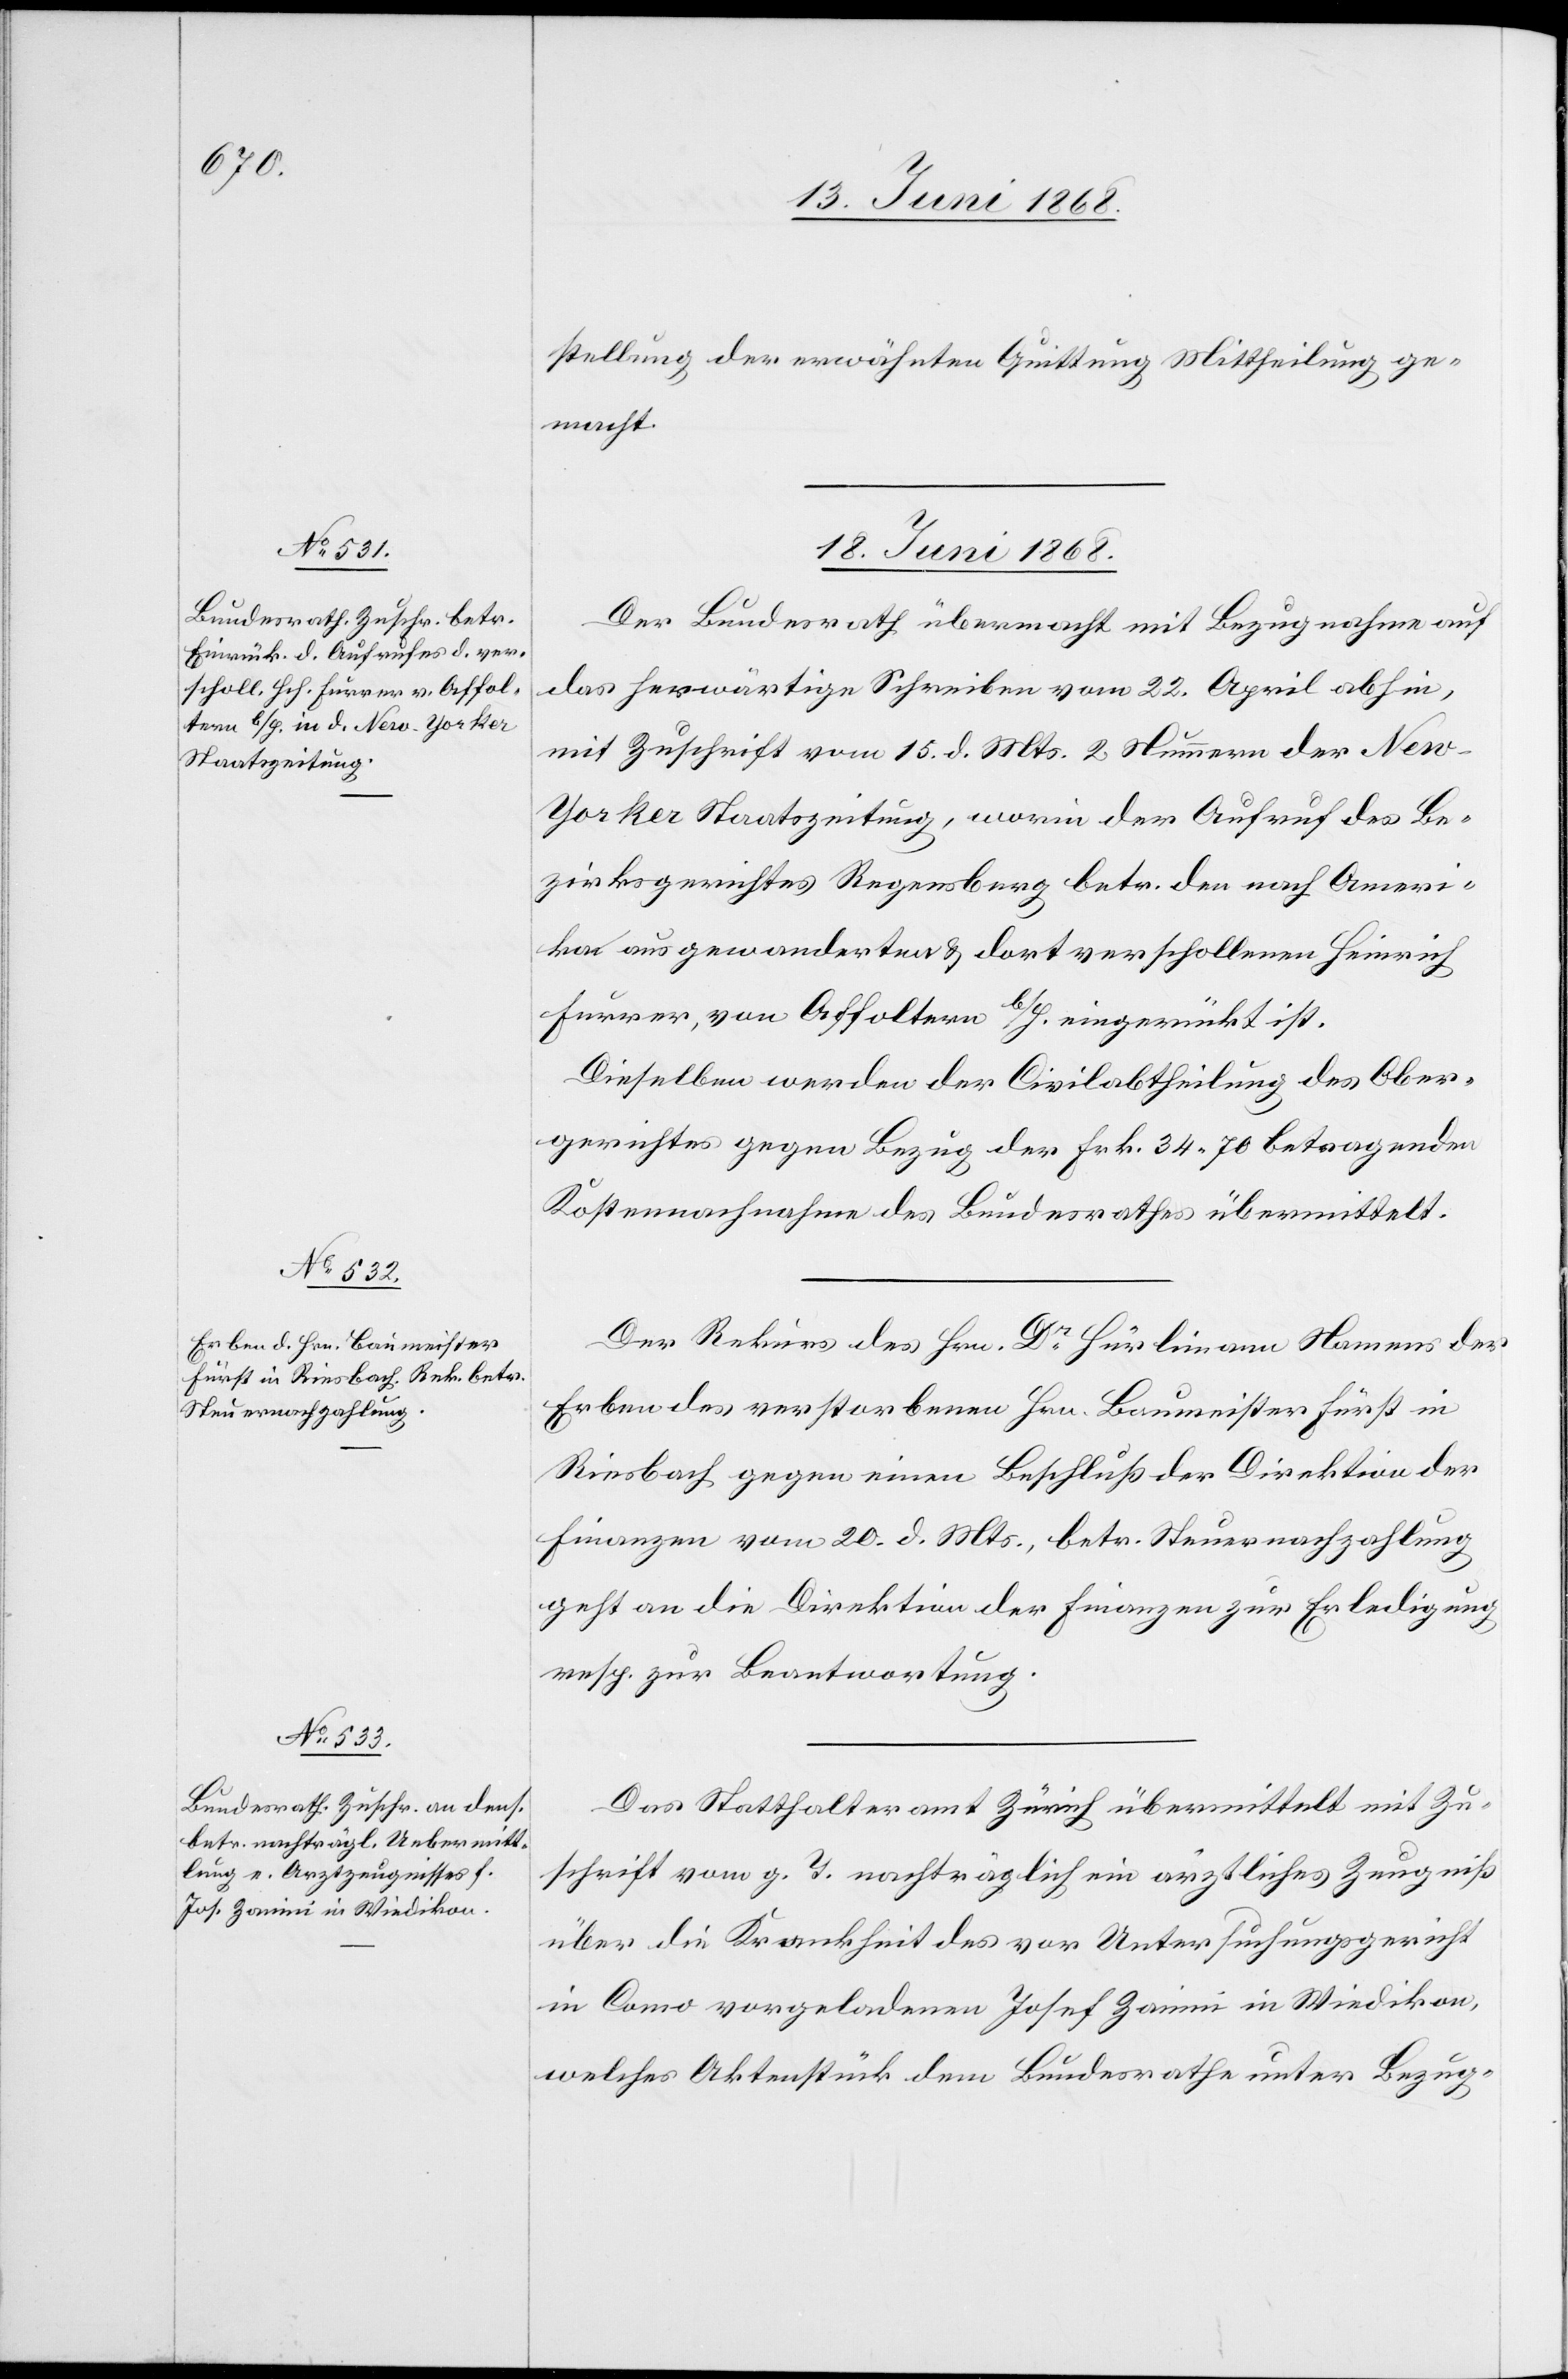
18. Juni 1868.]
stellung der erwähnten Quittung Mittheilung ge¬
macht.
18. Juni 1868.
Der Bundesrath übermacht mit Bezugnahme auf
das herwärtige Schreiben vom 22. April abhin,
mit Zuschrift vom 15. d. Mts. 2 Nummern der Ne¬
w-Yorker Staatszeitung, worin der Aufruf des Be¬
zirksgerichtes Regensberg betr. den nach Ameri¬
ka ausgewanderten & dort verschollenen Heinrich
Furrer, von Affoltern b/H. eingerückt ist.
Dieselben werden der Civilabtheilung des Ober¬
gerichtes gegen Bezug der Frk. 34 70 betragenden
Kostennachnahme des Bundesrathes übermittelt.
Der Rekurs des Hrn. Dr. Hürlimann Namens der
Erben des verstorbenen Hrn. Baumeister Fürst in
Riesbach gegen einen Beschluß der Direktion der
Finanzen vom 20. d. Mts., betr. Steuernachzahlung
geht an die Direktion der Finanzen zur Erledigung
resp. zur Beantwortung.
Das Statthalteramt Zürich übermittelt mit Zu¬
schrift vom g. T. nachträglich ein ärztliches Zeugniß
über die Krankheit des vor Untersuchungsgericht
in Como vorgeladenen Josef Zanini in Wiedikon,
welches Aktenstück dem Bundesrathe unter Bezug-